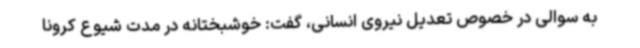
به سوالی در خصوص تعدیل نیروی انسانی، گفت: خوشبختانه در مدت شیوع کرونا